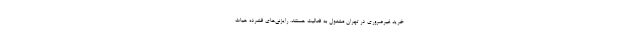
خرید غیرضروری در تهران مشغول به فعالیت هستند. رایزنی‌های فشرده هیات